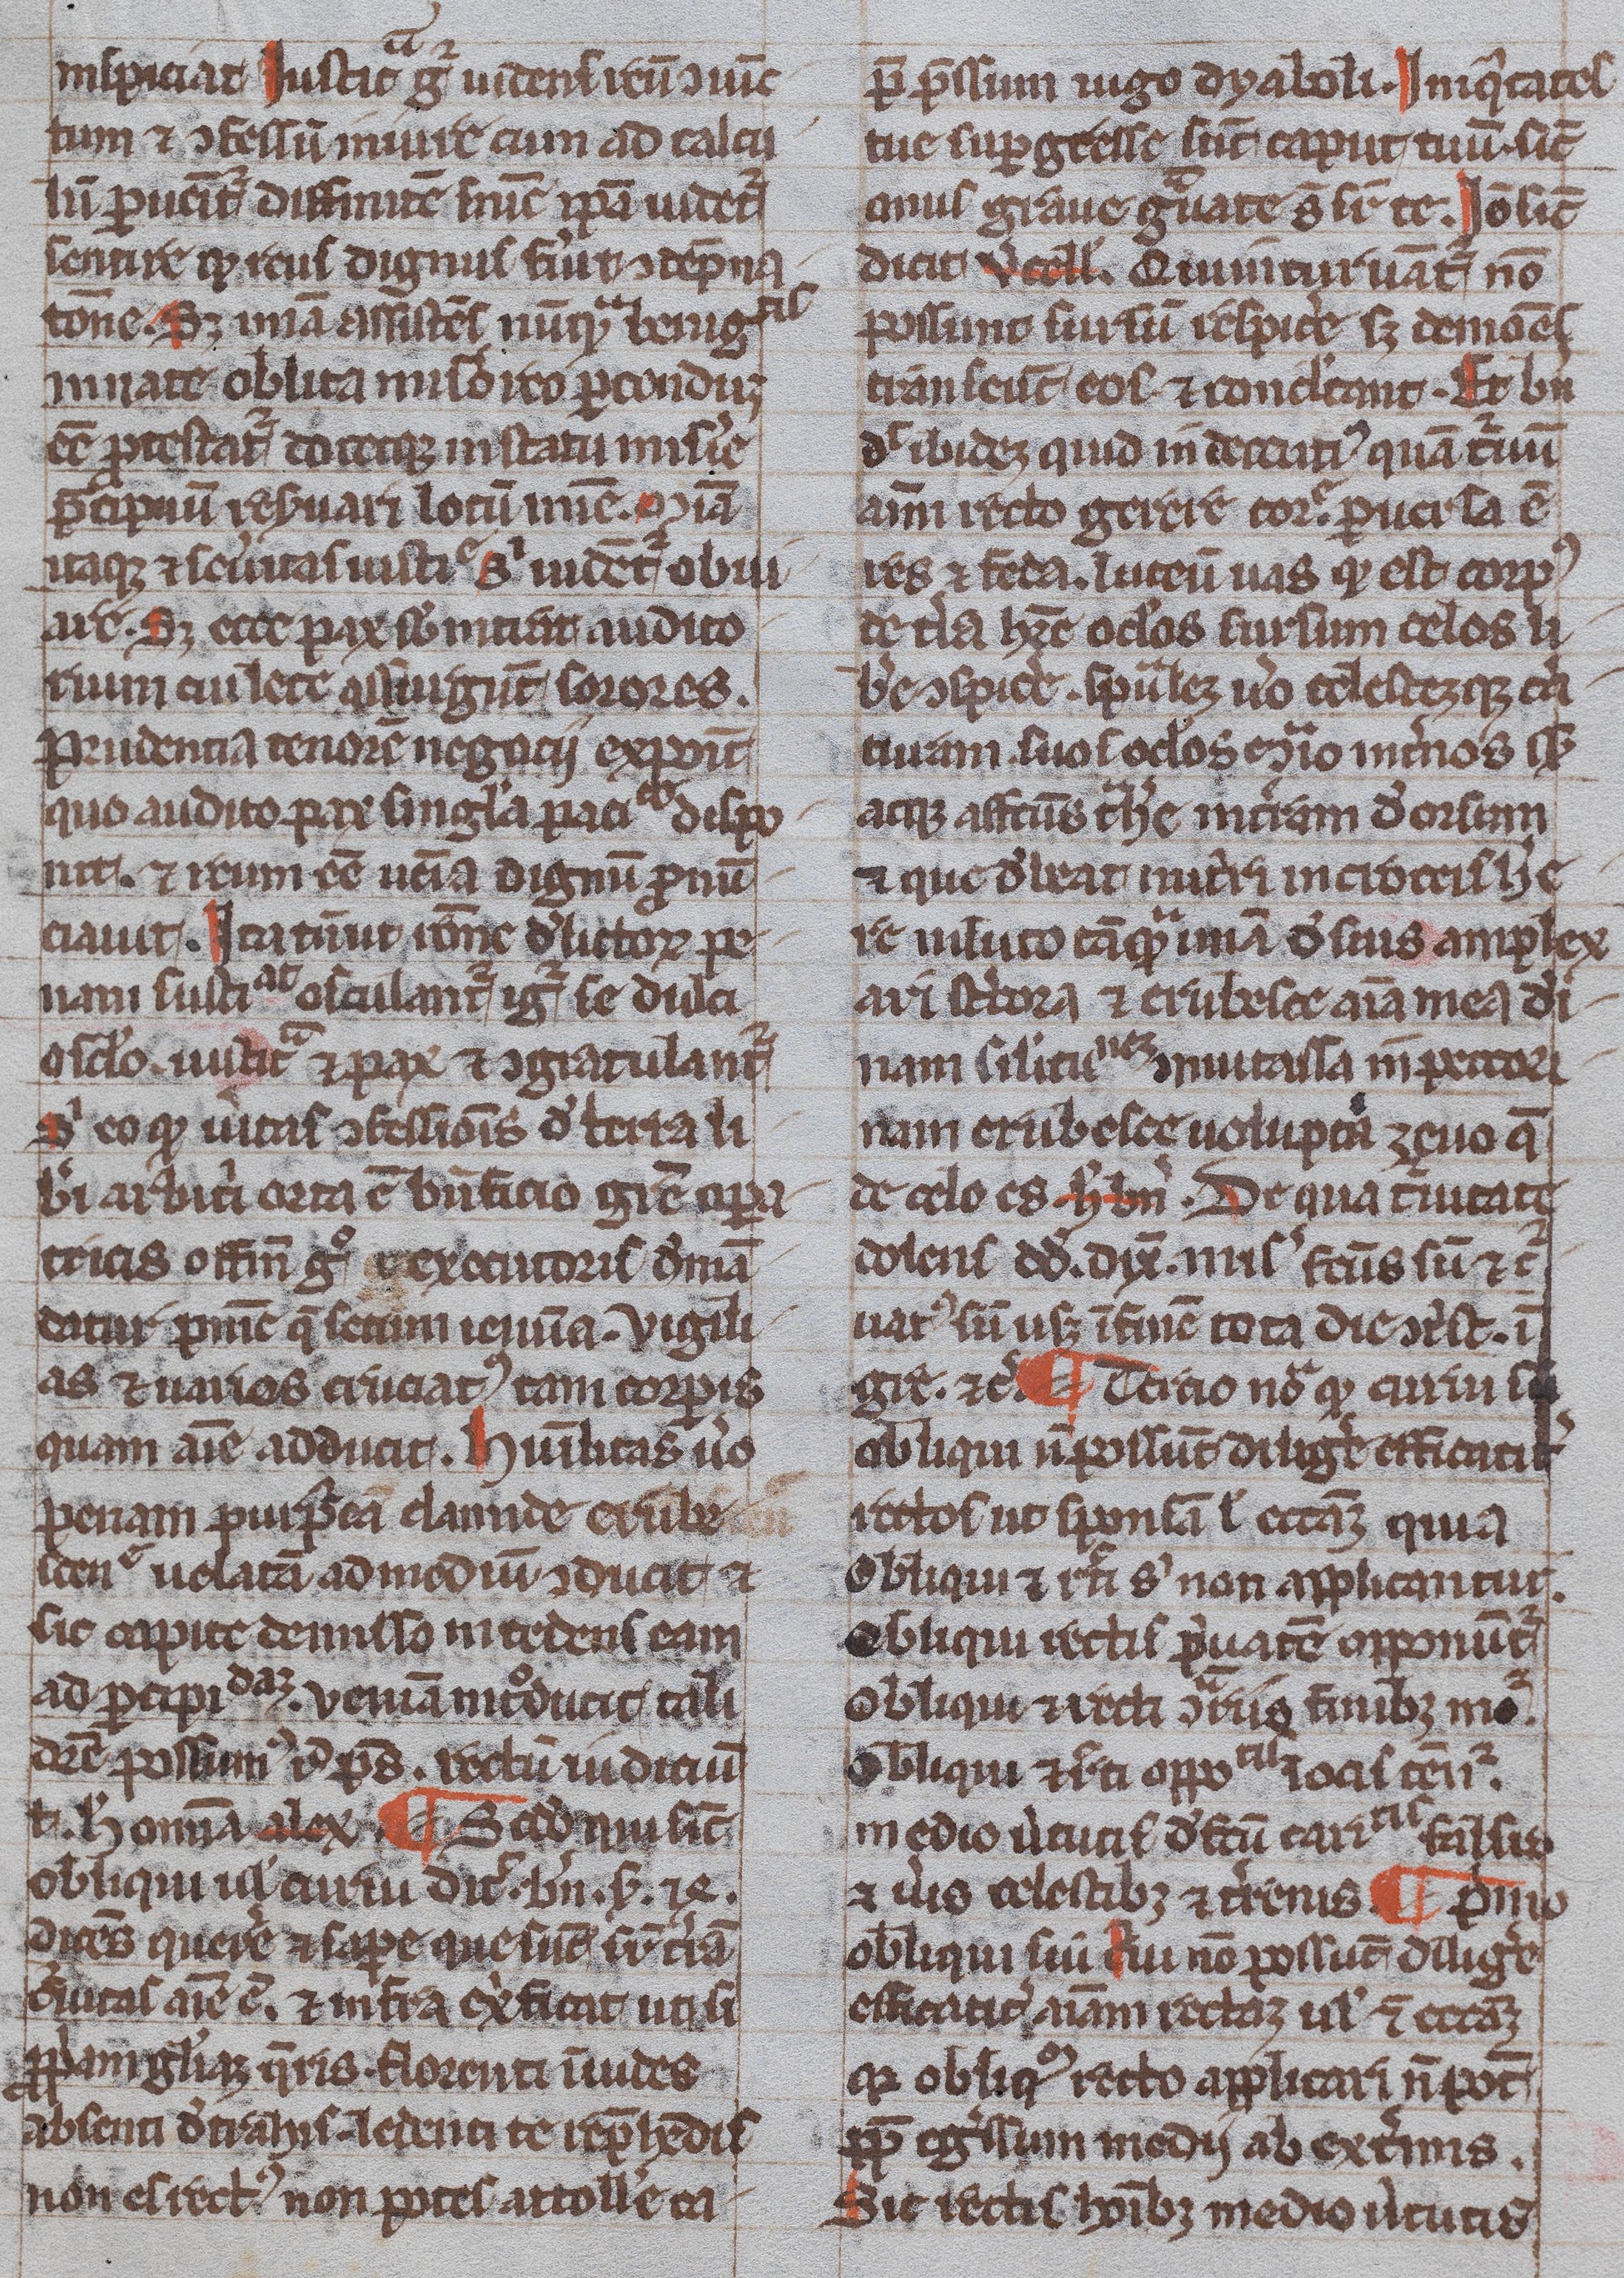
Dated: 1300–1399